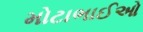
મોટાભાઈઓ